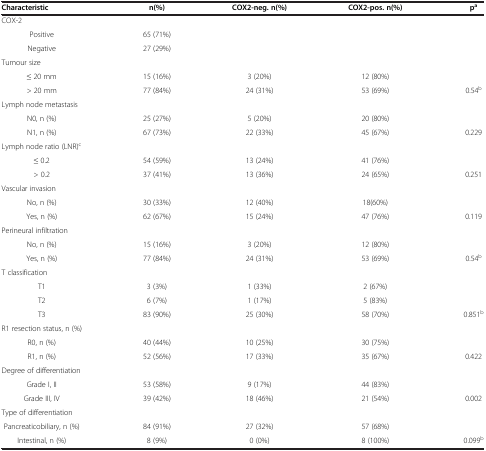
| Characteristic | n(%) | COX2-neg. n(%) | COX2-pos. n(%) | pa |
 | --- | --- | --- | --- | --- |
 | COX-2 |  |  |  |  |
 | Positive | 65 (71%) |  |  |  |
 | Negative | 27 (29%) |  |  |  |
 | Tumour size |  |  |  |  |
 | ≤ 20 mm | 15 (16%) | 3 (20%) | 12 (80%) |  |
 | > 20 mm | 77 (84%) | 24 (31%) | 53 (69%) | 0.54b |
 | Lymph node metastasis |  |  |  |  |
 | N0, n (%) | 25 (27%) | 5 (20%) | 20 (80%) |  |
 | N1, n (%) | 67 (73%) | 22 (33%) | 45 (67%) | 0.229 |
 | Lymph node ratio (LNR)c |  |  |  |  |
 | ≤ 0.2 | 54 (59%) | 13 (24%) | 41 (76%) |  |
 | > 0.2 | 37 (41%) | 13 (36%) | 24 (65%) | 0.251 |
 | Vascular invasion |  |  |  |  |
 | No, n (%) | 30 (33%) | 12 (40%) | 18(60%) |  |
 | Yes, n (%) | 62 (67%) | 15 (24%) | 47 (76%) | 0.119 |
 | Perineural infiltration |  |  |  |  |
 | No, n (%) | 15 (16%) | 3 (20%) | 12 (80%) |  |
 | Yes, n (%) | 77 (84%) | 24 (31%) | 53 (69%) | 0.54b |
 | T classification |  |  |  |  |
 | T1 | 3 (3%) | 1 (33%) | 2 (67%) |  |
 | T2 | 6 (7%) | 1 (17%) | 5 (83%) |  |
 | T3 | 83 (90%) | 25 (30%) | 58 (70%) | 0.851b |
 | R1 resection status, n (%) |  |  |  |  |
 | R0, n (%) | 40 (44%) | 10 (25%) | 30 (75%) |  |
 | R1, n (%) | 52 (56%) | 17 (33%) | 35 (67%) | 0.422 |
 | Degree of differentiation |  |  |  |  |
 | Grade I, II | 53 (58%) | 9 (17%) | 44 (83%) |  |
 | Grade III, IV | 39 (42%) | 18 (46%) | 21 (54%) | 0.002 |
 | Type of differentiation |  |  |  |  |
 | Pancreaticobiliary, n (%) | 84 (91%) | 27 (32%) | 57 (68%) |  |
 | Intestinal, n (%) | 8 (9%) | 0 (0%) | 8 (100%) | 0.099b |